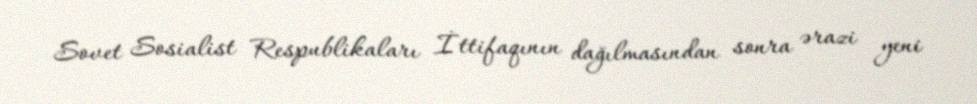
Sovet Sosialist Respublikaları İttifaqının dağılmasından sonra ərazi yeni